Plague in India, 1896, 1897 - Volume 1
Year: 1896
Disease focus: Plague
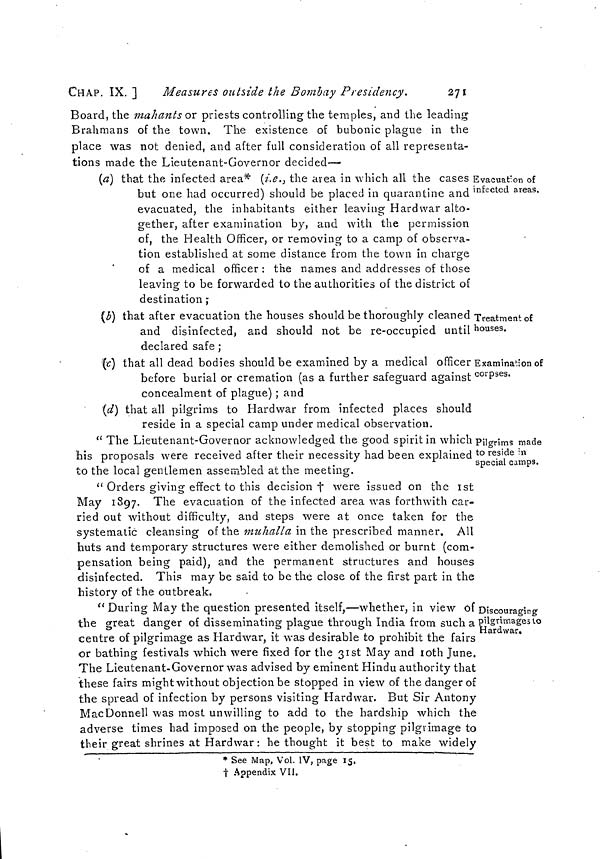
CHAP. IX. ]
Measures outside the Bombay Presidency,
271
Board, the mahants or priests controlling the temples, and the leading
Brahmans of the town. The existence of bubonic plague in the
place was not denied, and after full consideration of all representa-
tions made the Lieutenant-Governor decided—
Evacuation of
infected areas.
(a) that the infected area* (i.e., the area in which all the cases
but one had occurred) should be placed in quarantine and
evacuated, the inhabitants either leaving Hard war alto-
gether, after examination by, and with the permission
of, the Health Officer, or removing to a camp of observa-
tion established at some distance from the town in charge
of a medical officer : the names and addresses of those
leaving to be forwarded to the authorities of the district of
destination ;
Treatment of
houses.
(b) that after evacuation the houses should be thoroughly cleaned
and disinfected, and should not be re-occupied until
declared safe :
Examination of
corpses.
(c) that all dead bodies should be examined by a medical officer
before burial or cremation (as a further safeguard against
concealment of plague) ; and
(d) that all pilgrims to Hardwar from infected places should
reside in a special camp under medical observation.
Pilgrims made
to reside in
special camps.
" The Lieutenant-Governor acknowledged the good spirit in which
his proposals were received after their necessity had been explained
to the local gentlemen assembled at the meeting.
" Orders giving effect to this decision † were issued on the 1st
May 1897. The evacuation of the infected area was forthwith car-
ried out without difficulty, and steps were at once taken for the
systematic cleansing of the muhalla in the prescribed manner. All
huts and temporary structures were either demolished or burnt (com-
pensation being paid), and the permanent structures and houses
disinfected. This may be said to be the close of the first part in the
history of the outbreak.
Discouraging
pilgrimages to
Hardwar.
" During May the question presented itself,—whether, in view of
the great danger of disseminating plague through India from such a
centre of pilgrimage as Hardwar, it was desirable to prohibit the fairs
or bathing festivals which were fixed for the 31st May and 10th June.
The Lieutenant-Governor was advised by eminent Hindu authority that
these fairs might without objection be stopped in view of the danger of
the spread of infection by persons visiting Hardwar. But Sir Antony
MacDonnell was most unwilling to add to the hardship which the
adverse times had imposed on the people, by stopping pilgrimage to
their great shrines at Hardwar: he thought it best to make widely
* See Map, Vol. IV, page 15,
† Appendix VII.